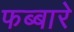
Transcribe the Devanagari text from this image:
फब्बारे